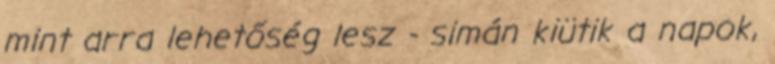
mint arra lehetőség lesz - simán kiütik a napok,